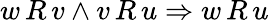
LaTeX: w\, R\, v\wedge v\, R\, u\Rightarrow w\, R\, u